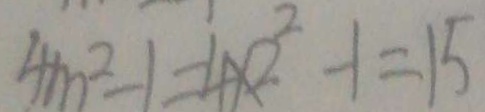
4 m ^ { 2 } - 1 = 4 \times 2 ^ { 2 } - 1 = 1 5